Report on sanitation, dispensaries, and jails in Rajputana for 1915, and on vaccination for the year 1915-1916 - 1915-1916
Year: 1915
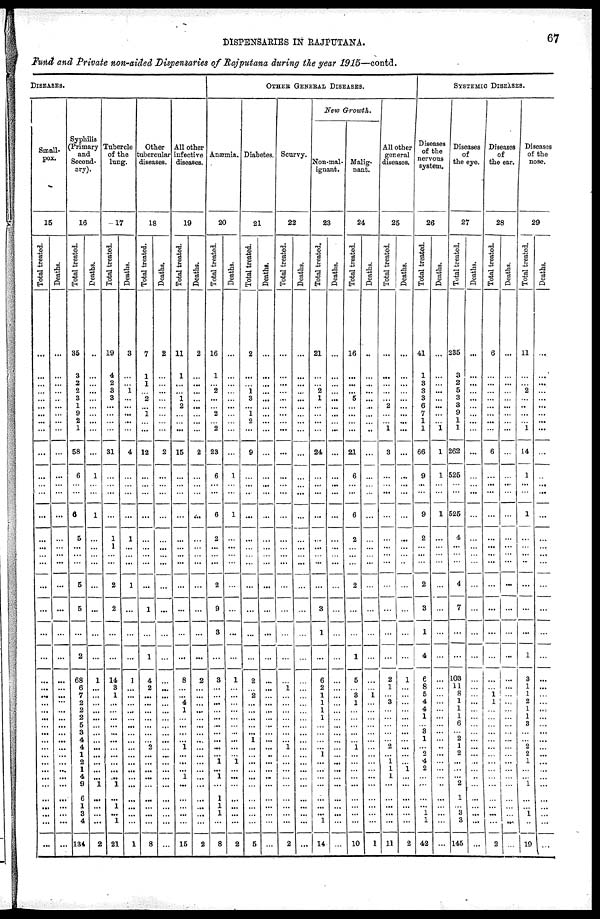
DISPENSARIES IN
RAJPUTANA.
67
Fund and Private non-aided Dispensaries of Rajputana during the year 1915—contd.
DISEASES.
Small-
pox.
15
Total treated.
...
...
...
...
...
...
...
...
...
...
...
...
...
...
...
...
...
...
...
...
...
...
...
...
...
...
...
...
...
...
...
...
...
...
...
...
...
...
...
...
...
...
Deaths.
...
...
...
...
...
...
...
...
...
...
...
...
...
...
...
...
...
...
...
...
...
...
...
...
...
...
...
...
...
...
...
...
...
...
...
...
...
...
...
...
...
...
Syphilis
(Primary
and
Second-
ary).
16
Total treated.
35
3
2
2
3
1
9
2
1
58
6
...
...
6
5
...
...
...
5
5
...
2
68
6
7
2
2
2
5
3
4
4
1
2
1
4
9
6
1
3
4
134
Deaths.
...
...
...
...
...
...
...
...
...
...
1
...
...
1
...
...
...
...
...
...
...
...
1
...
...
...
...
...
...
...
...
...
...
...
...
...
1
...
...
...
...
2
Tubercle
of the
lung.
17
Total treated.
19
4
2
3
3
...
...
...
...
31
...
...
...
...
1
1
...
...
2
2
...
...
14
3
1
...
...
...
...
...
...
...
...
...
...
...
1
...
1
...
1
21
Deaths.
3
...
...
1
...
...
...
...
...
4
...
...
...
...
1
...
...
...
1
...
...
...
1
...
...
...
...
...
...
...
...
...
...
...
...
...
...
...
...
...
...
1
Other
tubercular
diseases.
18
Total treated.
7
1
1
...
2
...
1
...
...
12
...
...
...
...
...
...
...
...
...
1
...
1
4
2
...
...
...
...
...
...
...
2
...
...
...
...
...
...
...
...
...
8
Deaths.
2
...
...
...
...
...
...
...
...
2
...
...
...
...
...
...
...
...
...
...
...
...
...
...
...
...
...
...
...
...
...
...
...
...
...
...
...
...
...
...
...
...
All other
infective
diseases.
19
Total treated.
11
1
...
...
1
2
...
...
...
15
...
...
...
...
...
...
...
...
...
...
...
...
8
...
...
4
1
...
...
...
...
1
...
...
...
1
...
...
...
...
...
15
Deaths.
2
...
...
...
...
...
...
...
...
2
...
...
...
...
...
...
...
...
...
...
...
...
2
...
...
...
...
...
...
...
...
...
...
...
...
...
...
...
...
...
...
2
OTHER GENERAL DISEASES.
Anæmia.
20
Total treated.
16
1
...
2
...
...
2
...
2
23
6
...
...
6
2
...
...
...
2
9
3
...
3
...
...
...
...
...
...
...
...
...
...
1
...
1
...
1
1
1
...
8
Deaths.
...
...
...
...
...
...
...
...
...
...
1
...
...
1
...
...
...
...
...
...
...
...
1
...
...
...
...
...
...
...
...
...
...
1
...
...
...
...
...
...
...
2
Diabetes.
21
Total treated.
2
...
...
1
3
...
1
2
...
9
...
...
...
...
...
...
...
...
...
...
...
...
2
...
2
...
...
...
...
...
1
...
...
...
...
...
...
...
...
...
...
5
Deaths.
...
...
...
...
...
...
...
...
...
...
...
...
...
...
...
...
...
...
...
...
...
...
...
...
...
...
...
...
...
...
...
...
...
...
...
...
...
...
...
...
...
...
Scurvy.
22
Total treated.
...
...
...
...
...
...
...
...
...
...
...
...
...
...
...
...
...
...
...
...
...
...
...
1
...
...
...
...
...
...
...
1
...
...
...
...
...
...
...
...
...
2
Deaths.
...
...
...
...
...
...
...
...
...
...
...
...
...
...
...
...
...
...
...
...
...
...
...
...
...
...
...
...
...
...
...
...
...
...
...
...
...
...
...
...
...
...
New Growth.
Non-mal-
ignant.
23
Total treated.
21
...
...
2
1
...
...
...
...
24
...
...
...
...
...
...
...
...
...
3
1
...
6
2
1
1
1
1
...
...
...
...
1
...
...
...
...
...
...
...
1
14
Deaths.
...
...
...
...
...
...
...
...
...
...
...
...
...
...
...
...
...
...
...
...
...
...
...
...
...
...
...
...
...
...
...
...
...
...
...
...
...
...
...
...
...
...
Malig-
nant.
24
Total treated.
16
...
...
...
5
...
...
...
...
21
6
...
...
6
2
...
...
...
2
...
...
1
5
...
3
1
...
...
...
...
...
1
...
...
...
...
...
...
...
...
...
10
Deaths.
...
...
...
...
...
...
...
...
...
...
...
...
...
...
...
...
...
...
...
...
...
...
...
...
1
...
...
...
...
...
...
...
...
...
...
...
...
...
...
...
...
1
All other
general
diseases.
25
Total treated.
...
...
...
...
...
2
...
...
1
3
...
...
...
...
...
...
...
...
...
...
...
...
2
1
...
3
...
...
...
...
...
2
...
1
1
1
...
...
...
...
...
11
Deaths.
...
...
...
...
...
...
...
...
...
...
...
...
...
...
...
...
...
...
...
...
...
...
1
...
...
...
...
...
...
...
...
...
...
...
1
...
...
...
...
...
...
2
SYSTEMIC DISEASES.
Diseases
of the
nervous
system.
26
Total treated.
41
1
3
3
3
6
7
1
1
66
9
...
...
9
2
...
...
...
2
3
1
4
6
8
5
4
4
1
...
3
1
...
2
4
2
...
...
...
...
1
1
42
Deaths.
...
...
...
...
...
...
...
...
1
1
1
...
...
1
...
...
...
...
...
...
...
...
...
...
...
...
...
...
...
...
...
...
...
...
...
...
...
...
...
...
...
...
Diseases
of
the eye.
27
Total treated.
235
3
2
5
3
3
9
1
1
262
525
...
...
525
4
...
...
...
4
7
...
...
103
11
8
1
1
1
6
...
2
1
2
...
...
...
2
1
...
3
3
145
Deaths.
...
...
...
...
...
...
...
...
...
...
...
...
...
...
...
...
...
...
...
...
...
...
...
...
...
...
...
...
...
...
...
...
...
...
...
...
...
...
...
...
...
...
Diseases
of
the ear.
28
Total treated.
6
...
...
...
...
...
...
...
...
6
...
...
...
...
...
...
...
...
...
...
...
...
...
... 1
1
...
...
...
...
...
...
...
...
...
...
...
...
...
...
...
2
Deaths.
...
...
...
...
...
...
...
...
...
...
...
...
...
...
...
...
...
...
...
...
...
...
...
...
...
...
...
...
...
...
...
...
...
...
...
...
...
...
...
...
...
...
Diseases
of the
nose.
29
Total treated.
11
...
...
2
...
...
...
...
1
14
1
...
...
1
...
...
...
...
...
...
...
1
3
1
1
2
1
1
3
...
...
2
2
1
...
...
1
...
...
1
...
19
Deaths.
...
...
...
...
...
...
...
...
...
...
...
...
...
...
...
...
...
...
...
...
...
...
...
...
...
...
...
...
...
...
...
...
...
...
...
...
...
...
...
...
...
...